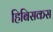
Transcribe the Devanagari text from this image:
हिबिसकस